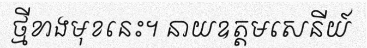
ថ្មីខាងមុខនេះ។ នាយឧត្តមសេនីយ៍